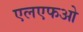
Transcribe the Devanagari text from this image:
एलएफओ